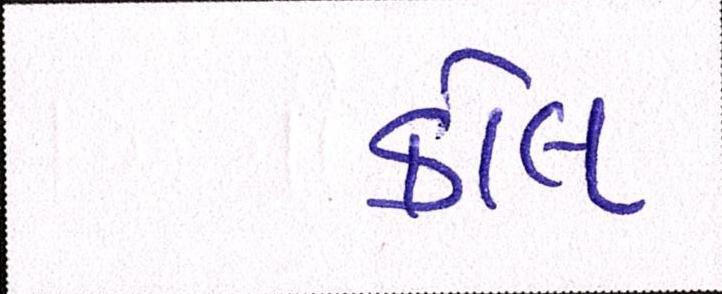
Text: કોલ